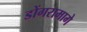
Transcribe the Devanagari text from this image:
डोंगरामागे